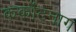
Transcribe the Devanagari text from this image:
कर्कोटनाग